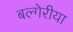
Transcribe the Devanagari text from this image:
बल्गेरीया